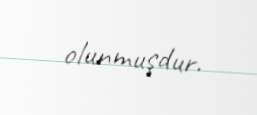
olunmuşdur.